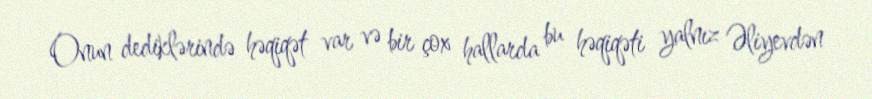
Onun dediklərində həqiqət var və bir çox hallarda bu həqiqəti yalnız Əliyevdən